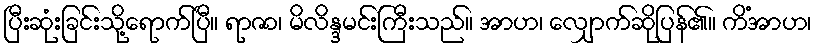
ပြီးဆုံးခြင်းသို့ရောက်ပြီ။ ရာဇာ၊ မိလိန္ဒမင်းကြီးသည်။ အာဟ၊ လျှောက်ဆိုပြန်၏။ ကိံအာဟ၊